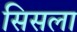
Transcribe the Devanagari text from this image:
सिसला